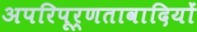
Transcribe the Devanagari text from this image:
अपरिपूर्णतावादियों